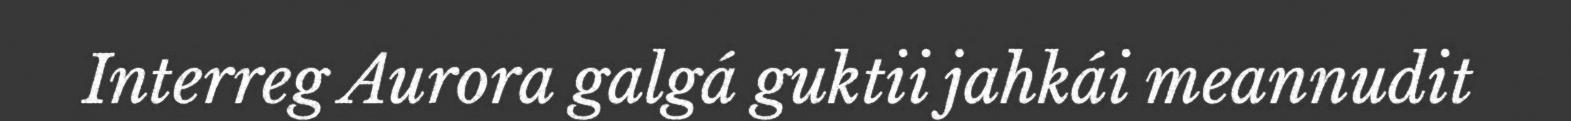
Interreg Aurora galgá guktii jahkái meannudit